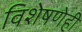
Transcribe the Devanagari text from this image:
विशेषणेही